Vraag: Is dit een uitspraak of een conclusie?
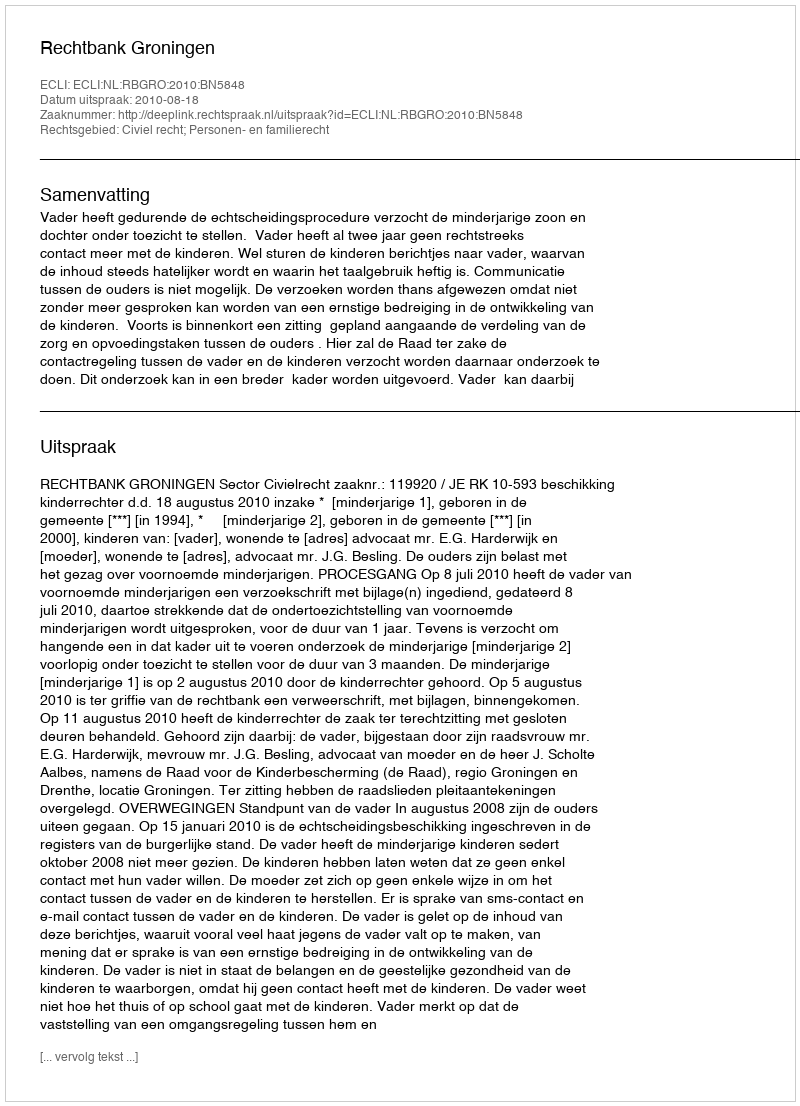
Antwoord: Uitspraak